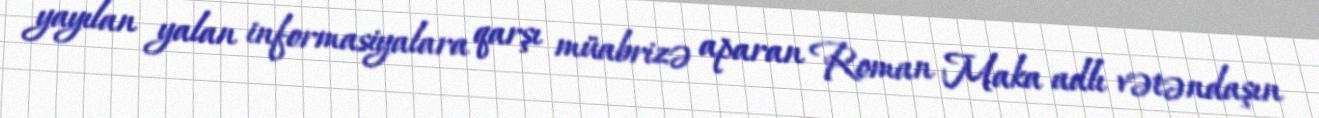
yayılan yalan informasiyalara qarşı müabrizə aparan Roman Maka adlı vətəndaşın